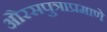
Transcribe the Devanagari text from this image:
औरसपुत्राप्रमाणे